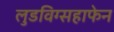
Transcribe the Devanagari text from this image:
लुडविग्सहाफेन